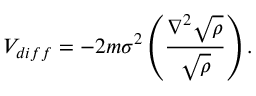
V _ { d i f f } = - 2 m \sigma ^ { 2 } \left( \frac { \nabla ^ { 2 } \sqrt { \rho } } { \sqrt { \rho } } \right) .